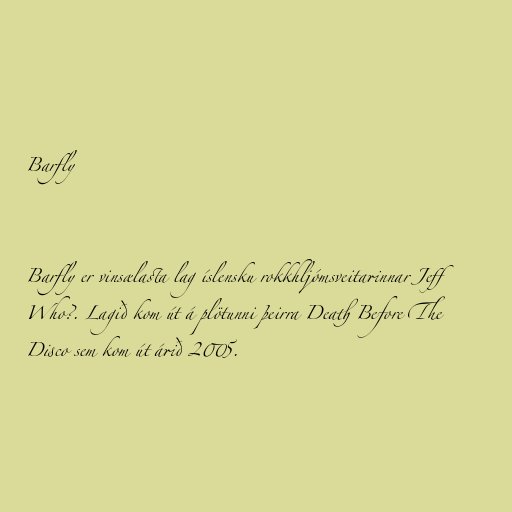
Barfly

Barfly er vinsælasta lag íslensku rokkhljómsveitarinnar Jeff
Who?. Lagið kom út á plötunni þeirra Death Before The
Disco sem kom út árið 2005.